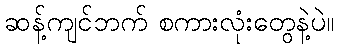
ဆန့်ကျင်ဘက် စကားလုံးတွေနဲ့ပဲ။